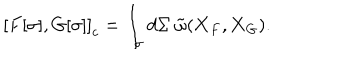
\left[ { F [ \sigma ] , G [ \sigma ] } \right] _ { c } = \int _ { \sigma } { d \Sigma \ \tilde { \omega } ( { \bf X } _ { F } , { \bf X } _ { G } ) } .